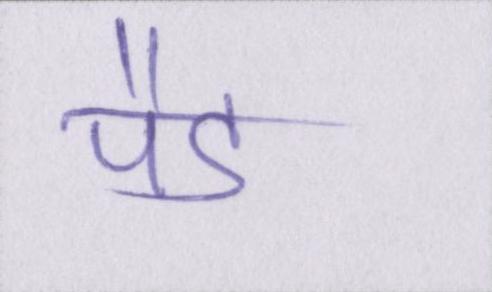
पैड